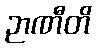
ဉာဏီတိ